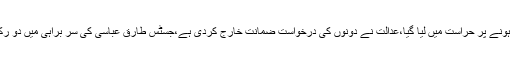
دونوں بھائیوں کو نیب نے لاہور ہائیکورٹ سے پیشی کے دوران گرفتار کیا ہے،ضمانت قبل از گرفتاری ختم ہونے پر حراست میں لیا گیا،عدالت نے دونوں کی درخواست ضمانت خارج کردی ہے،جسٹس طارق عباسی کی سر براہی میں دو رکنی بینچ نے کیس کا فیصلہ سنایا،پیرا گون ہاﺅسنگ سوسائٹی میں بے ضابطگیوں کے کیس میں گرفتار کیا گیا۔